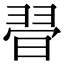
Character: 𣇶